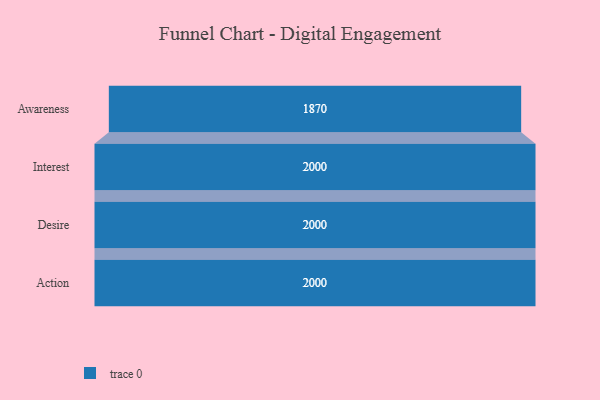
{"axis": {"x": "Stage", "y": "Value"}, "legend": [""], "data": [{"x": "Awareness", "y": 1870.0, "type": ""}, {"x": "Interest", "y": 2000, "type": ""}, {"x": "Desire", "y": 2000, "type": ""}, {"x": "Action", "y": 2000, "type": ""}]}